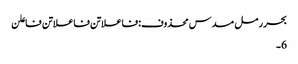
بحر رمل مسدس محذوف:فاعلاتن فاعلاتن فاعلن
6۔